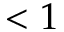
< 1